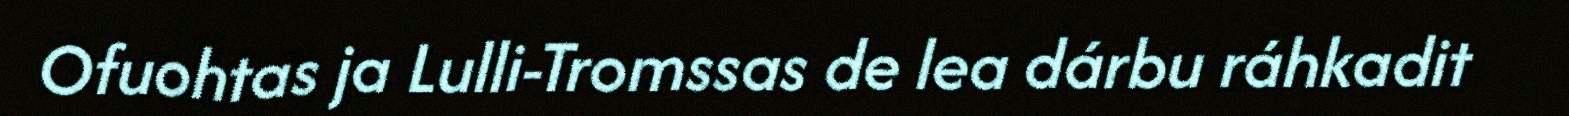
Ofuohtas ja Lulli-Tromssas de lea dárbu ráhkadit